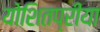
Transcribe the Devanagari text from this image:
योशितप्रीया